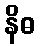
နိဓ